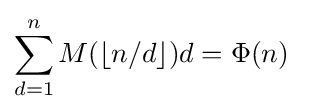
\sum _{d=1}^{n}M(\lfloor n/d\rfloor )d=\Phi (n)\